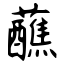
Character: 蘸